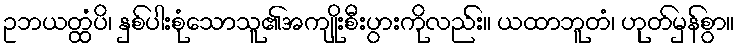
ဥဘယတ္ထံပိ၊ နှစ်ပါးစုံသောသူ၏အကျိုးစီးပွားကိုလည်း။ ယထာဘူတံ၊ ဟုတ်မှန်စွာ။